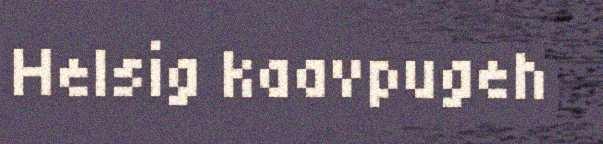
Helsig kaavpugeh